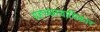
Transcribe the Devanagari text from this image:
ग्रहच्छायाधिकार